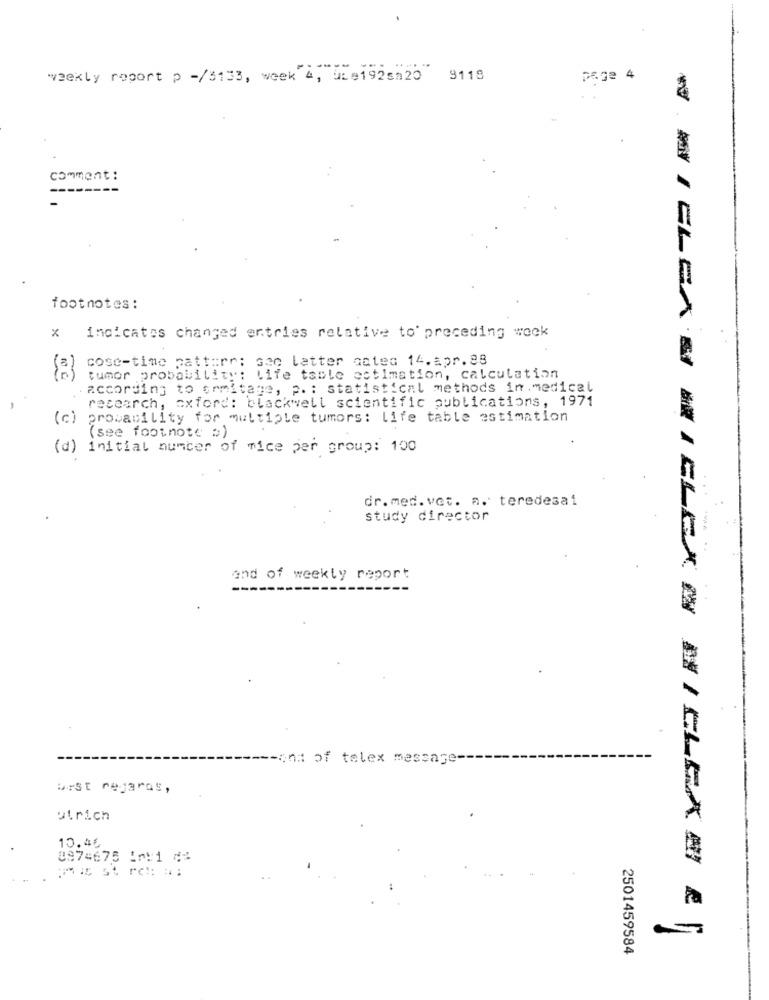
weekly report p -/3133, week 4, ble192s20
9118
comment :
footnotes :
indicates changed entries relative to' preceding week
x
cose-time pattern: Gen letter cated 14. apr.28
tumor probability: Life table estimation, calculation
according to ermitage, p. : statistical methods in.medical
research, oxford: blackwell scientific publications, 1971
(c) provability for multiple tumors: Life table estimation
(see footnote s)
(d) initial number of mice per group: 100
dr.med.vet. a. teredesai
study director
and of weekly report
ons of telex message-
best regards,
ulrich
10.45
8974675 1⑈:1 ⑆%
VAI CLEA & #IELEKO BI CLEAN €
2501459584